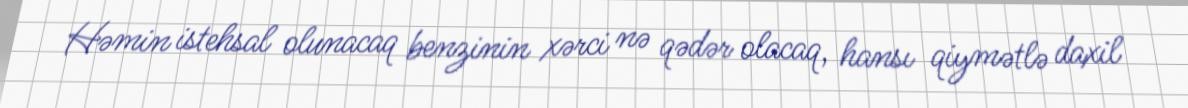
Həmin istehsal olunacaq benzinin xərci nə qədər olacaq, hansı qiymətlə daxil